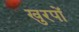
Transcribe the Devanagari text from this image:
खुरपों